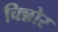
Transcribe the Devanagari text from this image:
चिन्नोर